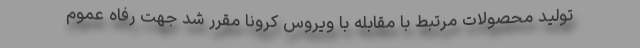
تولید محصولات مرتبط با مقابله با ویروس کرونا مقرر شد جهت رفاه عموم